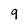
Character: 9